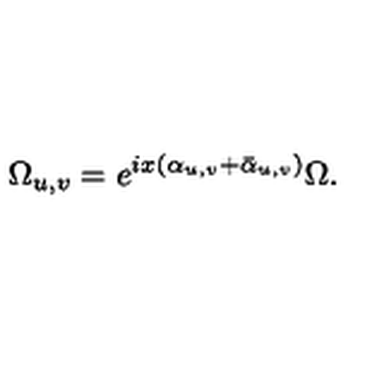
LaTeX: \Omega _ { u , v } = e ^ { i x ( \alpha _ { u , v } + \bar { \alpha } _ { u , v } ) } \Omega .